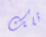
تلك